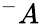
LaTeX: ^-A